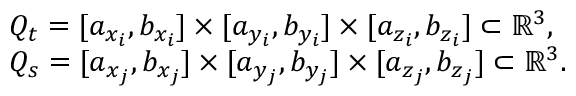
\begin{array} { r l } & { Q _ { t } = [ a _ { x _ { i } } , b _ { x _ { i } } ] \times [ a _ { y _ { i } } , b _ { y _ { i } } ] \times [ a _ { z _ { i } } , b _ { z _ { i } } ] \subset \mathbb { R } ^ { 3 } , } \\ & { Q _ { s } = [ a _ { x _ { j } } , b _ { x _ { j } } ] \times [ a _ { y _ { j } } , b _ { y _ { j } } ] \times [ a _ { z _ { j } } , b _ { z _ { j } } ] \subset \mathbb { R } ^ { 3 } . } \end{array}